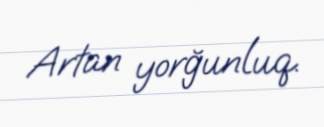
Artan yorğunluq.